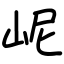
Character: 㞾